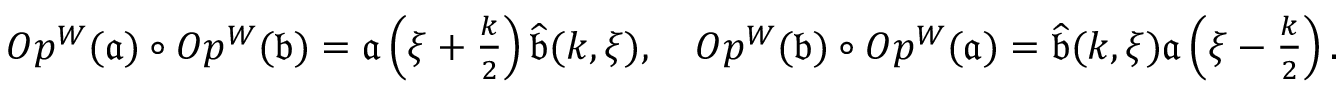
\begin{array} { r } { O p ^ { W } ( \mathfrak { a } ) \circ O p ^ { W } ( \mathfrak { b } ) = \mathfrak { a } \left( \xi + \frac { k } { 2 } \right) \widehat { \mathfrak { b } } ( k , \xi ) , \quad O p ^ { W } ( \mathfrak { b } ) \circ O p ^ { W } ( \mathfrak { a } ) = \widehat { \mathfrak { b } } ( k , \xi ) \mathfrak { a } \left( \xi - \frac { k } { 2 } \right) . } \end{array}